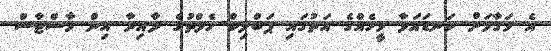
އެ މަގާމަށް ކަނޑައަޅާ މީހެއްގެ އަތުގައި ޕަބްލިކް ހެލްތުގެ ދާއިރާ އިން މާސްޓާސް